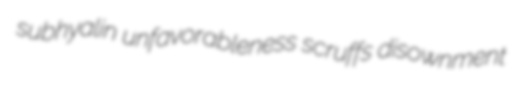
subhyalin unfavorableness scruffs disownment